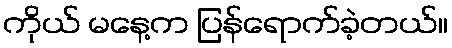
ကိုယ် မနေ့က ပြန်ရောက်ခဲ့တယ်။